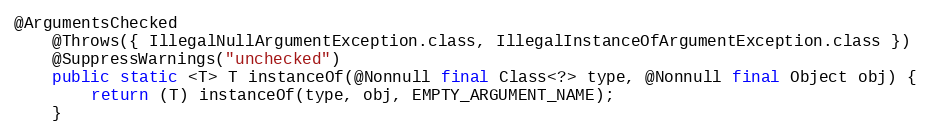
Language: Java
@ArgumentsChecked
	@Throws({ IllegalNullArgumentException.class, IllegalInstanceOfArgumentException.class })
	@SuppressWarnings("unchecked")
	public static <T> T instanceOf(@Nonnull final Class<?> type, @Nonnull final Object obj) {
		return (T) instanceOf(type, obj, EMPTY_ARGUMENT_NAME);
	}